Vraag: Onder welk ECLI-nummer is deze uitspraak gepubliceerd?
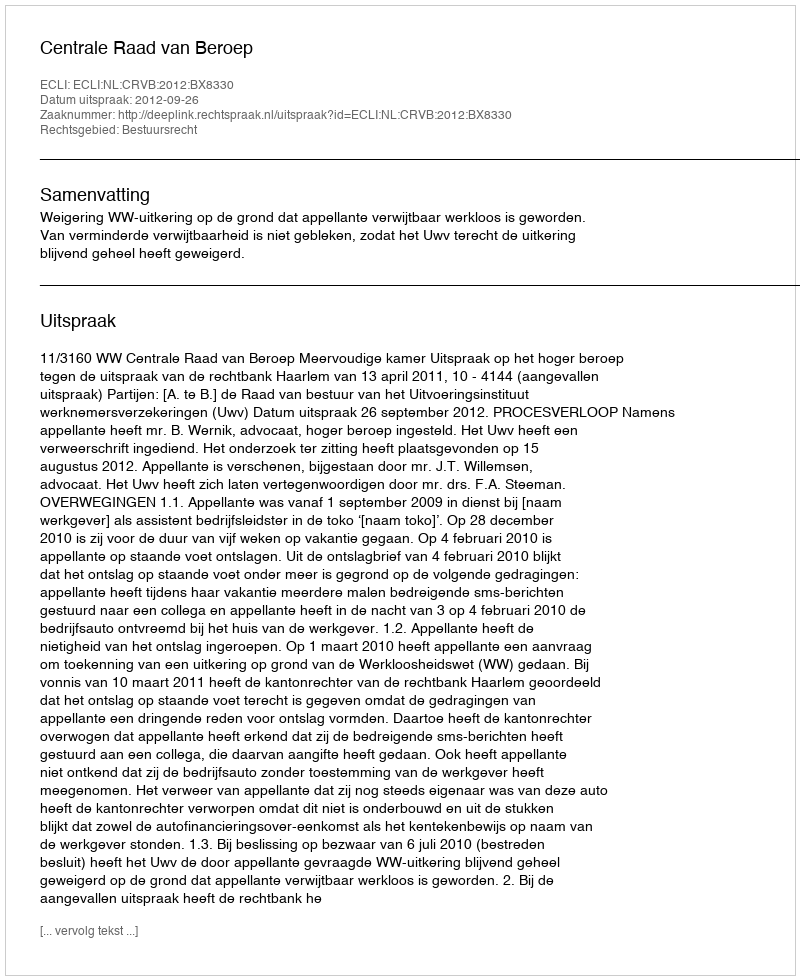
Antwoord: ECLI:NL:CRVB:2012:BX8330